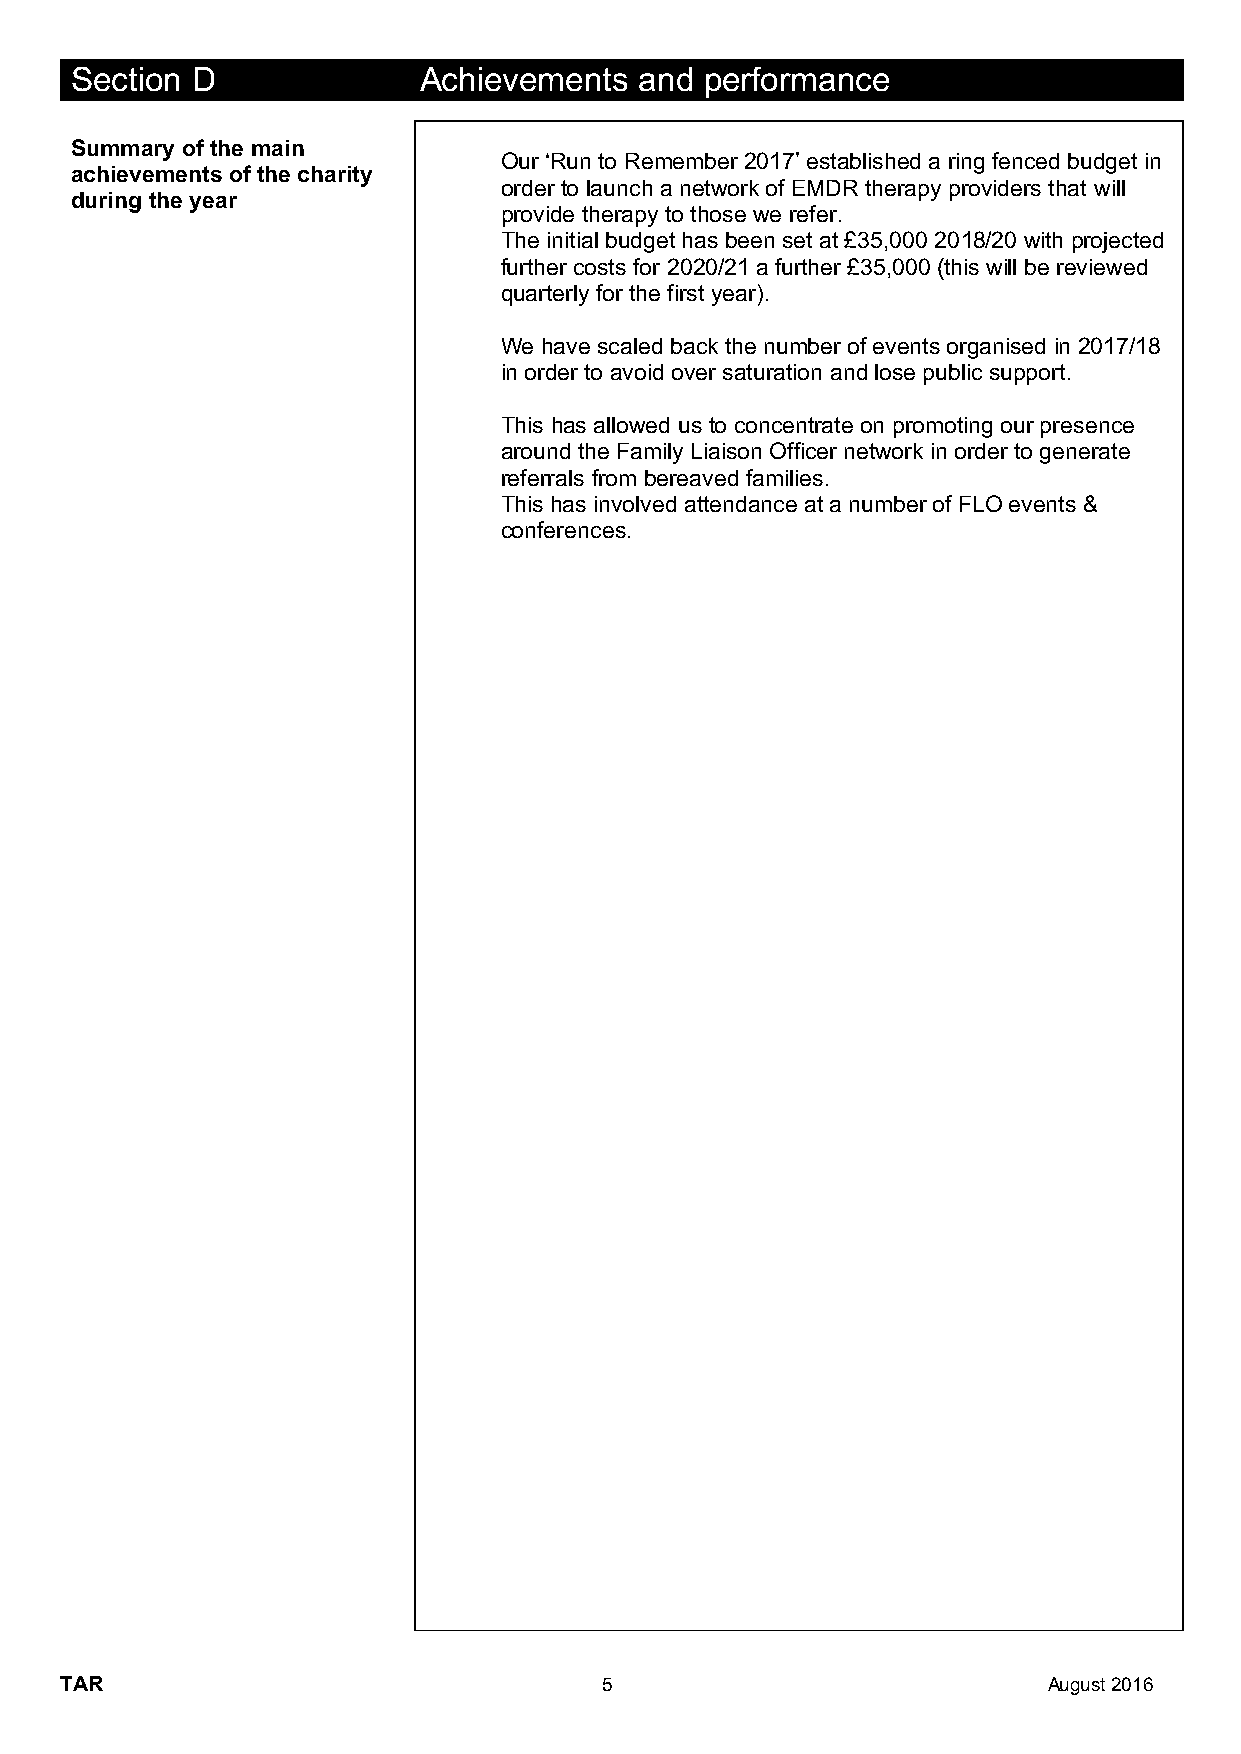
Section D              Achievements  and  performance
 Summary of the main
 Our ‘Run to Remember 2017’ established a ring fenced budget in
 achievements of the charity
 order to launch a network of EMDR therapy providers that will
 during the year
 provide therapy to those we refer.
 The initial budget has been set at £35,000 2018/20 with projected
 further costs for 2020/21 a further £35,000 (this will be reviewed
 quarterly for the first year).
 We have scaled back the number of events organised in 2017/18
 in order to avoid over saturation and lose public support.
 This has allowed us to concentrate on promoting our presence
 around the Family Liaison Officer network in order to generate
 referrals from bereaved families.
 This has involved attendance at a number of FLO events &
 conferences.
 TAR                                 5                            August 2016